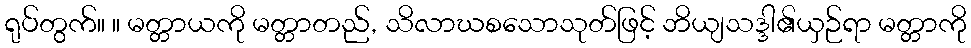
ရုပ်တွက်။ ။ မတ္တာယကို မတ္တာတည်, သိလာဃစသောသုတ်ဖြင့် ဘိယျသဒ္ဒါ၏ယှဉ်ရာ မတ္တာကို